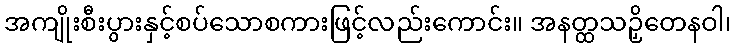
အကျိုးစီးပွားနှင့်စပ်သောစကားဖြင့်လည်းကောင်း။ အနတ္ထသဉှိတေနဝါ၊